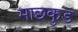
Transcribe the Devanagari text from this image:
माछकुड